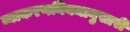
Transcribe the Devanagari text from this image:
व्याकरणनियमानुसारी